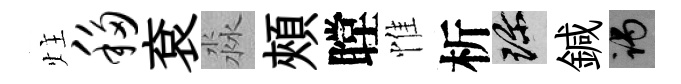
炷移袞淼頰瞠惟析珍鍼谒